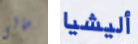
مالى أليشيا